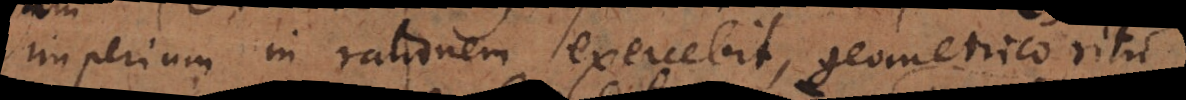
imperium in rationem exercebit geometrico ritu